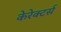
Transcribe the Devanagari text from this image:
केरेक्टर्स